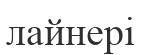
лайнері